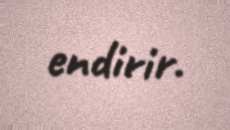
endirir.